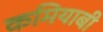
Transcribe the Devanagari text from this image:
कमियाबी